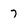
Character: 7